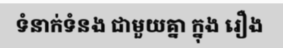
ទំនាក់ទំនង ជាមួយគ្នា ក្នុង រឿង